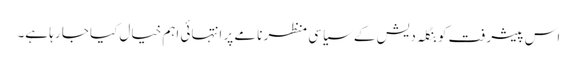
اس پیشرفت کو بنگلہ دیش کے سیاسی منظر نامے پر انتہائی اہم خیال کیا جا رہا ہے۔